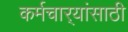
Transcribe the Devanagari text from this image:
कर्मचार्‍यांसाठी